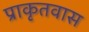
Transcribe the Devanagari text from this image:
प्राकृतवास